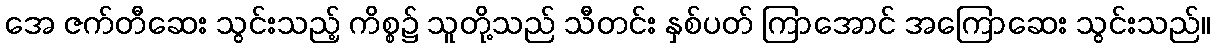
အေ ဇက်တီဆေး သွင်းသည့် ကိစ္စ၌ သူတို့သည် သီတင်း နှစ်ပတ် ကြာအောင် အကြောဆေး သွင်းသည်။